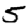
Digit: 5